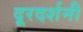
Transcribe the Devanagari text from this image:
दूरदर्शनी